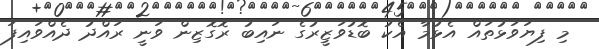
މި ފިޔަވަޅުތައް އެޅުމާ އެކު ބޮޑުވަޒީރުގެ ނައިބު ރޮގޮޒިން ވަނީ ރައްދު ދެއްވައިފަ